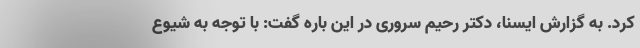
کرد. به گزارش ایسنا، دکتر رحیم سروری در این باره گفت: با توجه به شیوع